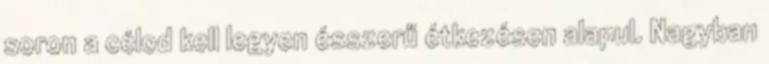
soron a célod kell legyen ésszerű étkezésen alapul. Nagyban